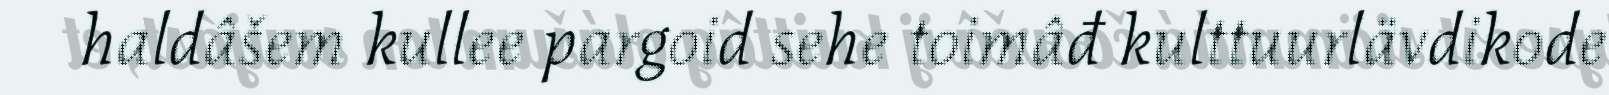
haldâšem kullee pargoid sehe toimâđ kulttuurlävdikode